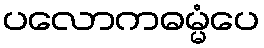
ပလောကဓမ္မံပေ